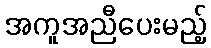
အကူအညီပေးမည့်